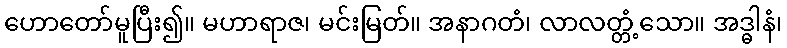
ဟောတော်မူပြီး၍။ မဟာရာဇ၊ မင်းမြတ်။ အနာဂတံ၊ လာလတ္တံ့သော။ အဒ္ဓါနံ၊